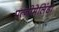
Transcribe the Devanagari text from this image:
पत्नीमेलिंडा